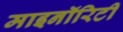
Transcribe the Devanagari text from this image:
माइनॉरिटी